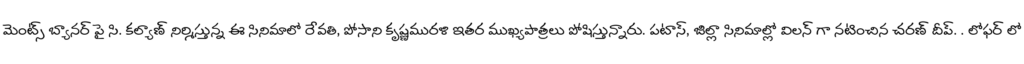
మెంట్స్ బ్యానర్ పై సి. కల్యాణ్ నిర్మిస్తున్న ఈ సినిమాలో రేవతి, పోసాని కృష్ణమురళి ఇతర ముఖ్యపాత్రలు పోషిస్తున్నారు. పటాస్, జిల్లా సినిమాల్లో విలన్ గా నటించిన చరణ్ దీప్. . లోఫర్ లో